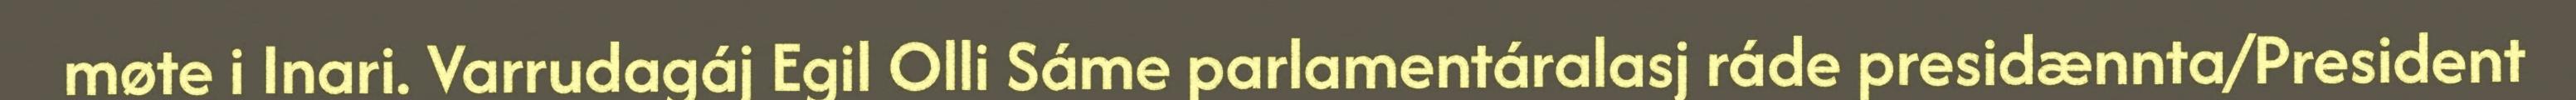
møte i Inari. Varrudagáj Egil Olli Sáme parlamentáralasj ráde presidænnta/President